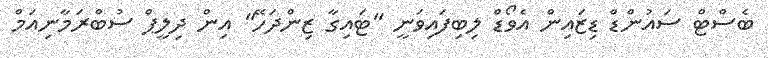
ބެސްޓް ސައުންޑް ޑިޒައިން އެވޯޑް ލިބިފައިވަނީ "ޓައިގާ ޒިންދަހޭ" އިން ދިލީޕް ސުބްރަމާނިއަމް